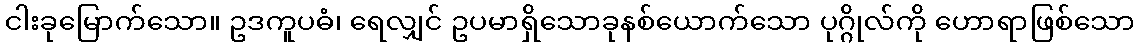
ငါးခုမြောက်သော။ ဥဒကူပဓံ၊ ရေလျှင် ဥပမာရှိသောခုနစ်ယောက်သော ပုဂ္ဂိုလ်ကို ဟောရာဖြစ်သော